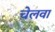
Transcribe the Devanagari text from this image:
चेलवा